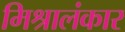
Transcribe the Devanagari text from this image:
मिश्रालंकार